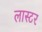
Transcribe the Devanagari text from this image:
लास्टर